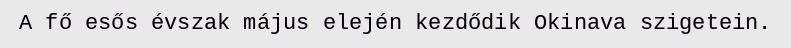
A fő esős évszak május elején kezdődik Okinava szigetein.